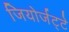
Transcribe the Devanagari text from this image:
जियोर्जट्टे